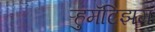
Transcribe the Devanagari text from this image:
ऱ्हुमॅटिझम